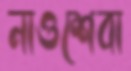
নাওশেবা